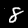
Label: 8